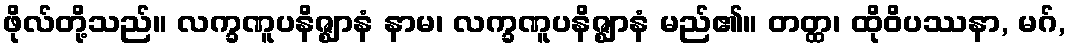
ဖိုလ်တို့သည်။ လက္ခဏူပနိဇ္ဈာနံ နာမ၊ လက္ခဏူပနိဇ္ဈာနံ မည်၏။ တတ္ထ၊ ထိုဝိပဿနာ, မဂ်,